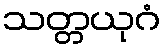
သတ္တယုဂံ